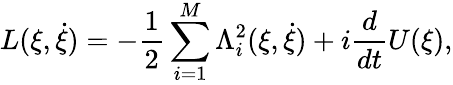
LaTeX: L(\xi,\dot{\xi})=-\frac{1}{2}\sum_{i=1}^{M}\Lambda_{i}^{2}(\xi,\dot{\xi})+i\frac{d}{dt}U(\xi),